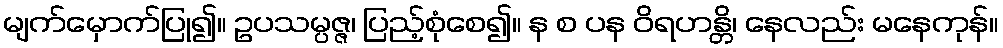
မျက်မှောက်ပြု၍။ ဥပသမ္ပဇ္ဇ၊ ပြည့်စုံစေ၍။ န စ ပန ဝိရဟန္တိ၊ နေလည်း မနေကုန်။